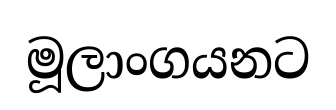
මූලාංගයනට